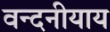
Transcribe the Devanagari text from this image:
वन्दनीयाय